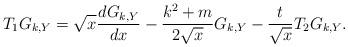
LaTeX: \begin{align*}T_{1}G_{k,Y}=\sqrt{x}\frac{dG_{k,Y}}{dx}-\frac{k^2+m}{2\sqrt{x}}G_{k,Y}-\frac{t}{\sqrt{x}} T_2 G_{k,Y}.\end{align*}